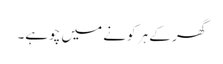
گھر کے ہر کونے میں چوہے۔